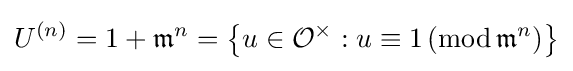
U^{(n)}=1+{\mathfrak {m}}^{n}=\left\{u\in {\mathcal {O}}^{\times }:u\equiv 1\,(\mathrm {mod} \,{\mathfrak {m}}^{n})\right\}